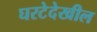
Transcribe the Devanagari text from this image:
घरटेदेखील